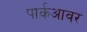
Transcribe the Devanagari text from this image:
पार्कआवर